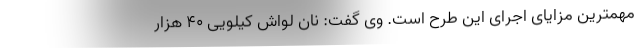
مهمترین مزایای اجرای این طرح است. وی گفت: نان لواش کیلویی ۴۰ هزار